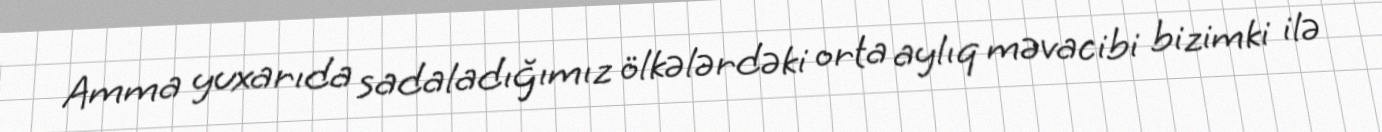
Amma yuxarıda sadaladığımız ölkələrdəki orta aylıq məvacibi bizimki ilə